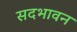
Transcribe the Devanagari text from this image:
सदभावन